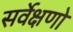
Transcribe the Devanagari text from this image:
सर्वेक्षणो